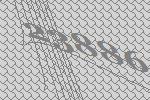
23886